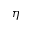
\eta